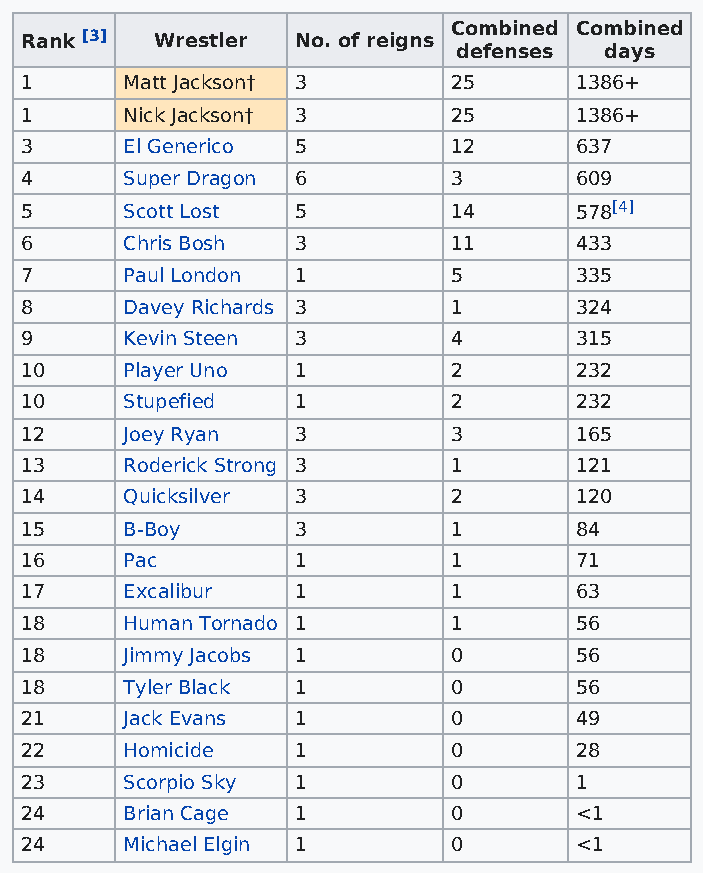
Combined Combined
 Rank [3] Wrestler No. of reigns
 defenses  days
 1      Matt Jackson† 3       25      1386+
 1      Nick Jackson† 3       25      1386+
 3      El Generico 5         12      637
 4      Super Dragon 6        3       609
 5      Scott Lost 5          14      578[4]
 6      Chris Bosh 3          11      433
 7      Paul London 1         5       335
 8      Davey Richards 3      1       324
 9      Kevin Steen 3         4       315
 10     Player Uno 1          2       232
 10     Stupefied  1          2       232
 12     Joey Ryan  3          3       165
 13     Roderick Strong 3     1       121
 14     Quicksilver 3         2       120
 15     B-Boy      3          1       84
 16     Pac        1          1       71
 17     Excalibur  1          1       63
 18     Human Tornado 1       1       56
 18     Jimmy Jacobs 1        0       56
 18     Tyler Black 1         0       56
 21     Jack Evans 1          0       49
 22     Homicide   1          0       28
 23     Scorpio Sky 1         0       1
 24     Brian Cage 1          0       <1
 24     Michael Elgin 1       0       <1